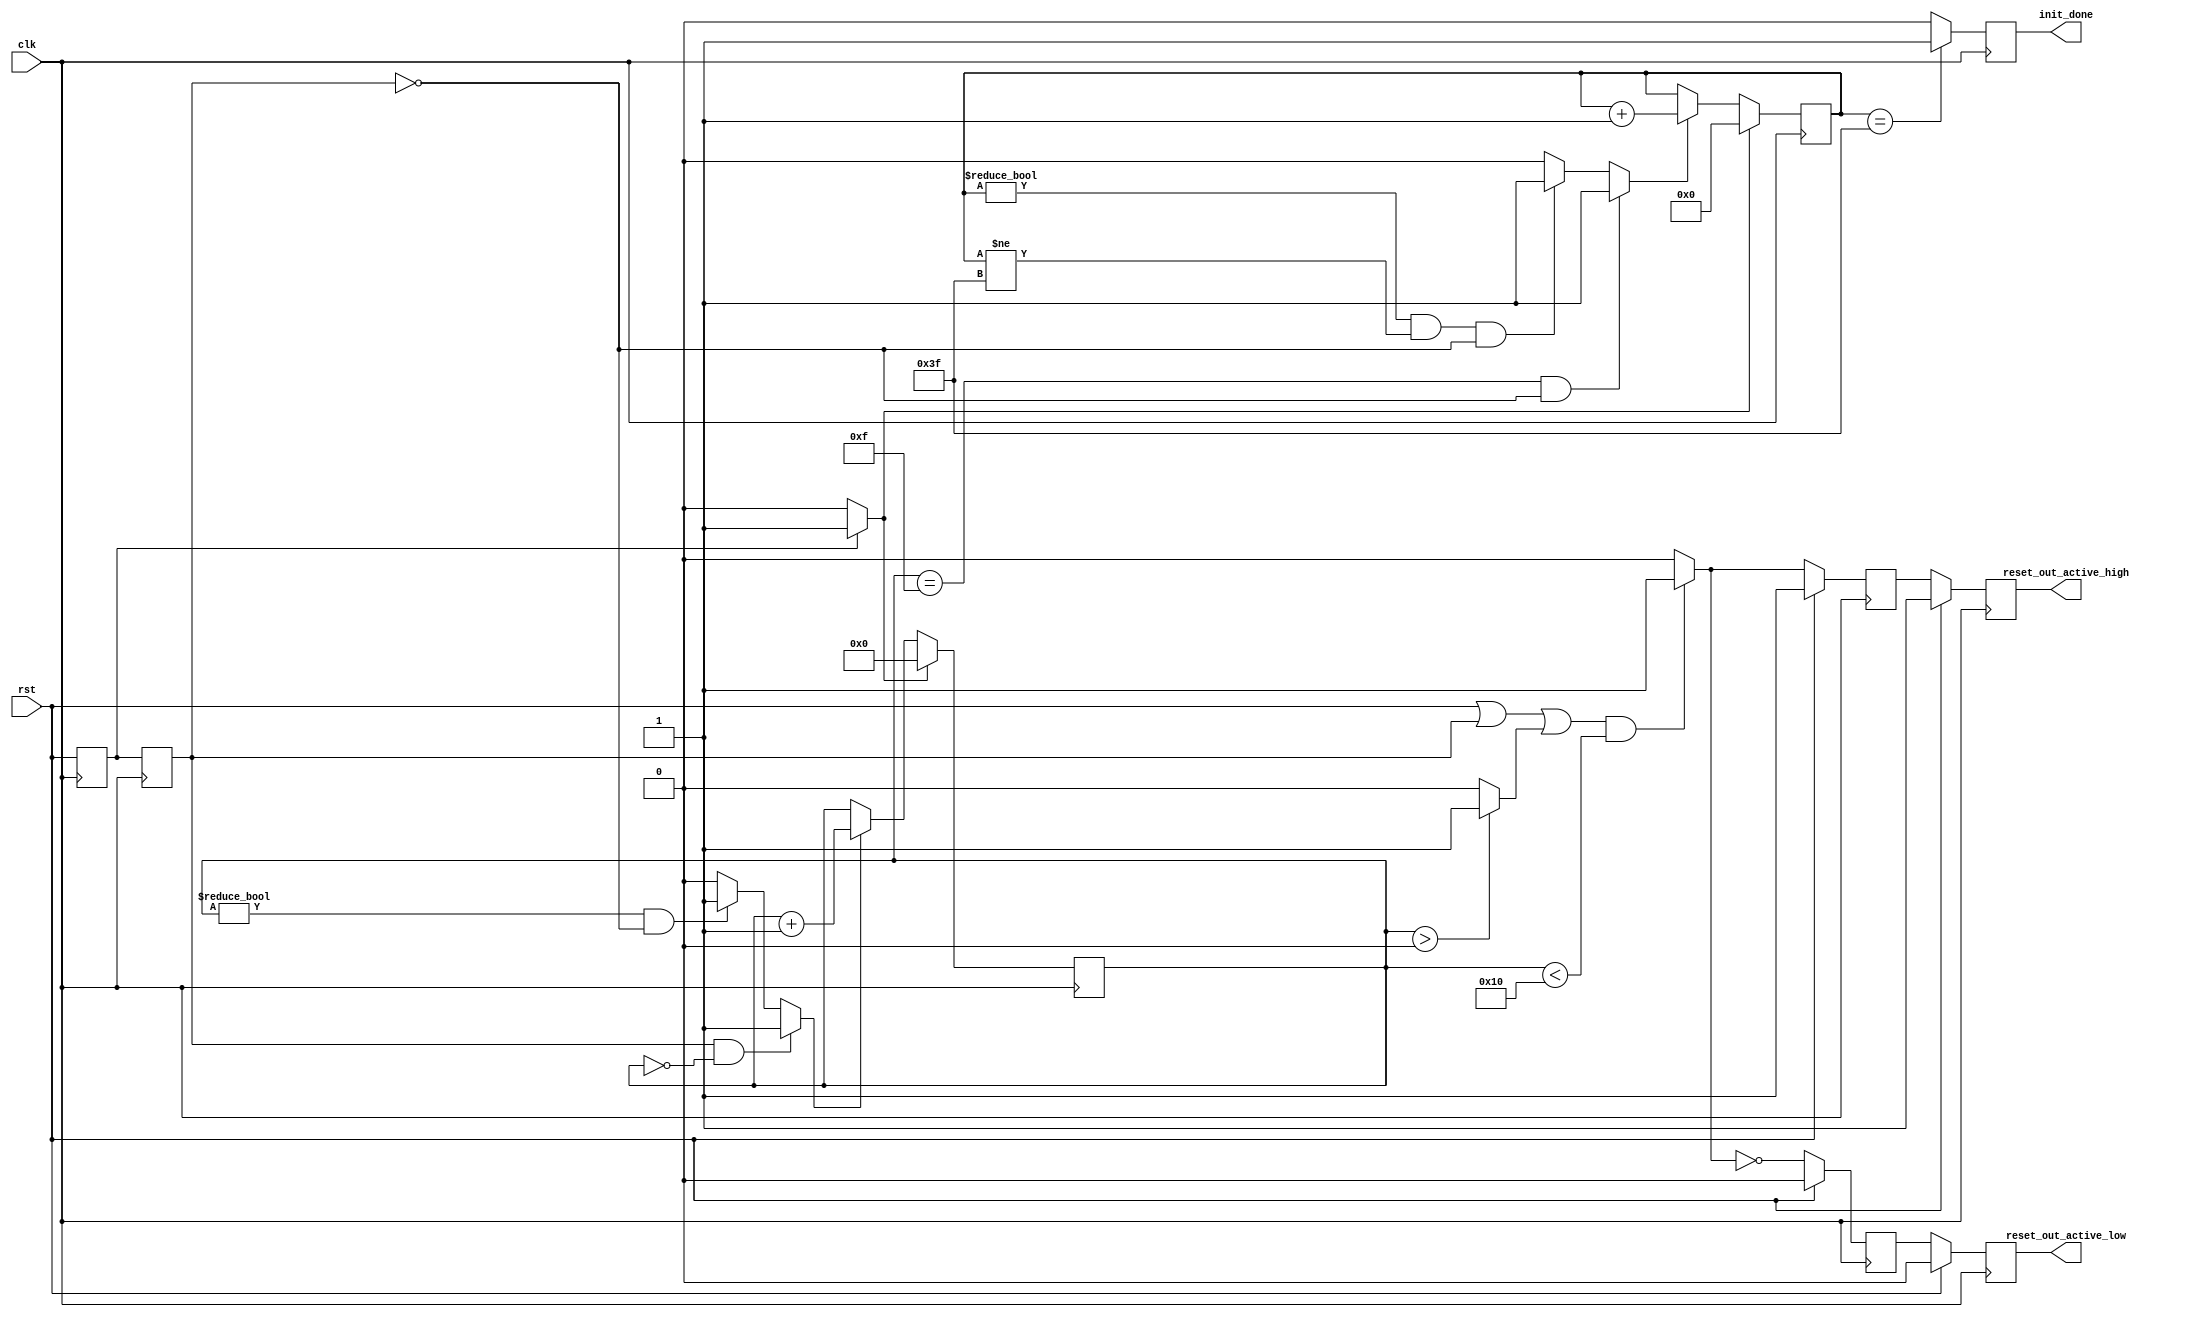
//----------------------------------------------------------------------------
//   This file is owned and controlled by Xilinx and must be used solely    //
//   for design, simulation, implementation and creation of design files    //
//   limited to Xilinx devices or technologies. Use with non-Xilinx         //
//   devices or technologies is expressly prohibited and immediately        //
//   terminates your license.                                               //
//                                                                          //
//   XILINX IS PROVIDING THIS DESIGN, CODE, OR INFORMATION "AS IS" SOLELY   //
//   FOR USE IN DEVELOPING PROGRAMS AND SOLUTIONS FOR XILINX DEVICES.  BY   //
//   PROVIDING THIS DESIGN, CODE, OR INFORMATION AS ONE POSSIBLE            //
//   IMPLEMENTATION OF THIS FEATURE, APPLICATION OR STANDARD, XILINX IS     //
//   MAKING NO REPRESENTATION THAT THIS IMPLEMENTATION IS FREE FROM ANY     //
//   CLAIMS OF INFRINGEMENT, AND YOU ARE RESPONSIBLE FOR OBTAINING ANY      //
//   RIGHTS YOU MAY REQUIRE FOR YOUR IMPLEMENTATION.  XILINX EXPRESSLY      //
//   DISCLAIMS ANY WARRANTY WHATSOEVER WITH RESPECT TO THE ADEQUACY OF THE  //
//   IMPLEMENTATION, INCLUDING BUT NOT LIMITED TO ANY WARRANTIES OR         //
//   REPRESENTATIONS THAT THIS IMPLEMENTATION IS FREE FROM CLAIMS OF        //
//   INFRINGEMENT, IMPLIED WARRANTIES OF MERCHANTABILITY AND FITNESS FOR A  //
//   PARTICULAR PURPOSE.                                                    //
//                                                                          //
//   Xilinx products are not intended for use in life support appliances,   //
//   devices, or systems.  Use in such applications are expressly           //
//   prohibited.                                                            //
//                                                                          //
//   (c) Copyright 1995-2015 Xilinx, Inc.                                   //
//   All rights reserved.                                                   //
//----------------------------------------------------------------------------
//----------------------------------------------------------------------------


//----------------------------------------------------------------------------
// File created: 2020/06/25 13:50:47

//----------------------------------------------------------------------------

/////////////////////////////////////////////////////////////////
// Author      : --
// Description : Generates active high and low resets
// Notes       : 
//  - Taken from USS created by Farzad F. (LBL), and
//    Chris N. (AMD). TBD add the link to the original USS
////////////////////////////////////////////////////////////////

`timescale 1 ns / 100 ps

module S_RESETTER_line (


     reset_out_active_high, 
     reset_out_active_low, 
     init_done, 

     clk, 
     rst 

);

//-------------------------------------------------------------
// I/O
//-------------------------------------------------------------
 output		reset_out_active_high ;
 output		reset_out_active_low ;
 output	reg	init_done ;
 input		clk ;
 input		rst ;






//-------------------------------------------------------------
// Signals
//-------------------------------------------------------------
 reg	reset_high_i1;	 initial reset_high_i1 = 1'b0 ;
 reg	reset_high_i2;	 initial reset_high_i2 = 1'b0 ;
 reg [4:0] assertion_cntr;	 initial assertion_cntr = 5'b00000 ;
 reg [6:0] wait_cntr;	 initial wait_cntr = 7'b0000000 ;
 wire	reset_high_i2a ;
 reg	reset_high_i3;	 initial reset_high_i3 = 1'b1 ;
 reg	reset_low_i3;	 initial reset_low_i3 = 1'b0 ;
 reg	reset_high_i4;	 initial reset_high_i4 = 1'b1 ;
 reg	reset_low_i4;	 initial reset_low_i4 = 1'b0 ;
 wire [4:0] assertion_cnt_plus ;
 wire [6:0] wait_cnt_plus ;
 wire	assertion_cntr_greater_than_zero ;
 wire	rst_or_rst_high_i2 ;
 wire	rst_or_assertion_cntr ;
 wire	assertion_cntEn ;
 wire	assertion_rstEn ;
 wire	wait_cntEn ;
 wire	wait_rstEn ;
 wire	logic_one ;
 wire	logic_zero ;
 wire	reset_low_i2a ;
 wire	init_done_i ;
 wire	clockgen_locked_i ;


//-------------------------------------------------------------
// Signal Assignments 
//-------------------------------------------------------------
 assign assertion_cnt_plus = 
	assertion_cntr + 1 ;
 assign wait_cnt_plus = 
	wait_cntr + 1 ;
 assign assertion_cntr_greater_than_zero = (
	((assertion_cntr > 5'b00000))?1'b1:
	0)  ;
 assign rst_or_rst_high_i2 = 
	rst | reset_high_i2 ;
 assign rst_or_assertion_cntr = 
	rst_or_rst_high_i2 | assertion_cntr_greater_than_zero ;
 assign assertion_cntEn = (
	((reset_high_i2 == 1'b1) && (clockgen_locked_i == 1'b1) && (assertion_cntr == 5'b00000))?1'b1:
	((assertion_cntr != 5'b00000) && (reset_high_i2 != 1'b1))?1'b1:
	0)  ;
 assign assertion_rstEn = (
	((reset_high_i1 == 1'b1))?1'b1:
	0)  ;
 assign wait_cntEn = (
	((assertion_cntr == 5'b01111) && (reset_high_i2 != 1'b1) && (clockgen_locked_i == 1'b1))?1'b1:
	((wait_cntr != 7'b0000000) && (wait_cntr != 7'b0111111) && (reset_high_i2 != 1'b1) && (clockgen_locked_i == 1'b1))?1'b1:
	0)  ;
 assign wait_rstEn = (
	((wait_cntr == 7'b0111111))?1'b1:
	0)  ;
 assign logic_one = 
	1'b1 ;
 assign logic_zero = 
	1'b0 ;
 assign reset_low_i2a = 
	 ~(reset_high_i2a) ;
 assign init_done_i = (
	((wait_cntr == 7'b0111111))?1'b1:
	0)  ;
 assign clockgen_locked_i = 
	1'b1 ;
 assign reset_out_active_high 	= reset_high_i4 ;
 assign reset_out_active_low 	= reset_low_i4 ;


//-------------------------------------------------------------
// Select  
//-------------------------------------------------------------

assign reset_high_i2a = (
	((rst_or_assertion_cntr == 1'b1) && (assertion_cntr < 5'b10000))?logic_one :
1'b0) ;



//-------------------------------------------------------------
// Flops 
//-------------------------------------------------------------

always @(posedge clk)
begin
		reset_high_i1 <= rst ;
		reset_high_i2 <= reset_high_i1 ;
	if (assertion_rstEn) 
	begin 
	  assertion_cntr <= 5'b00000 ;
	 end 
	else 
	begin 
		if (assertion_cntEn) 
		begin 
			assertion_cntr <= assertion_cnt_plus ;
		end 
	end 
	if (assertion_rstEn) 
	begin 
	  wait_cntr <= 7'b0000000 ;
	 end 
	else 
	begin 
		if (wait_cntEn) 
		begin 
			wait_cntr <= wait_cnt_plus ;
		end 
	end 
	if (rst) 
	begin 
	  reset_high_i3 <= 1'b1 ;
	 end 
	else 
	begin 
			reset_high_i3 <= reset_high_i2a ;
	end 
	if (rst) 
	begin 
	  reset_low_i3 <= 1'b0 ;
	 end 
	else 
	begin 
			reset_low_i3 <= reset_low_i2a ;
	end 
	if (rst) 
	begin 
	  reset_high_i4 <= 1'b1 ;
	 end 
	else 
	begin 
			reset_high_i4 <= reset_high_i3 ;
	end 
	if (rst) 
	begin 
	  reset_low_i4 <= 1'b0 ;
	 end 
	else 
	begin 
			reset_low_i4 <= reset_low_i3 ;
	end 
		init_done <= init_done_i ;
end

endmodule